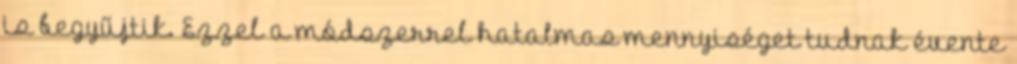
is begyűjtik. Ezzel a módszerrel hatalmas mennyiséget tudnak évente